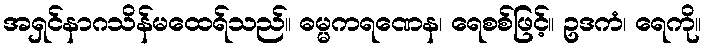
အရှင်နာဂသိန်မထေရ်သည်။ ဓမ္မကရဏေန၊ ရေစစ်ဖြင့်။ ဥဒကံ၊ ရေကို။